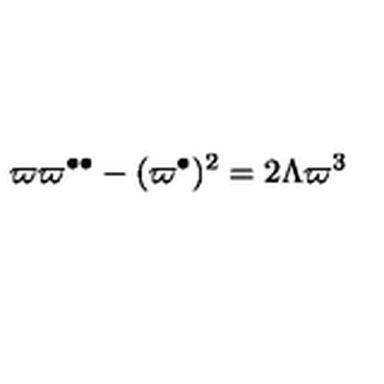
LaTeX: \varpi \varpi ^ { \bullet \bullet } - ( \varpi ^ { \bullet } ) ^ { 2 } = 2 \Lambda \varpi ^ { 3 }